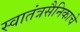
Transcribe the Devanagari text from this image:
स्वातंत्रसैनिकाचे